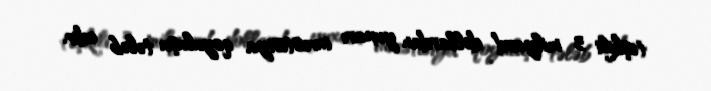
təşkili 3 milyard dollardan yuxarı investisiya qoyuluşu tələb edir.